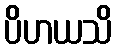
ပိဟယသိ